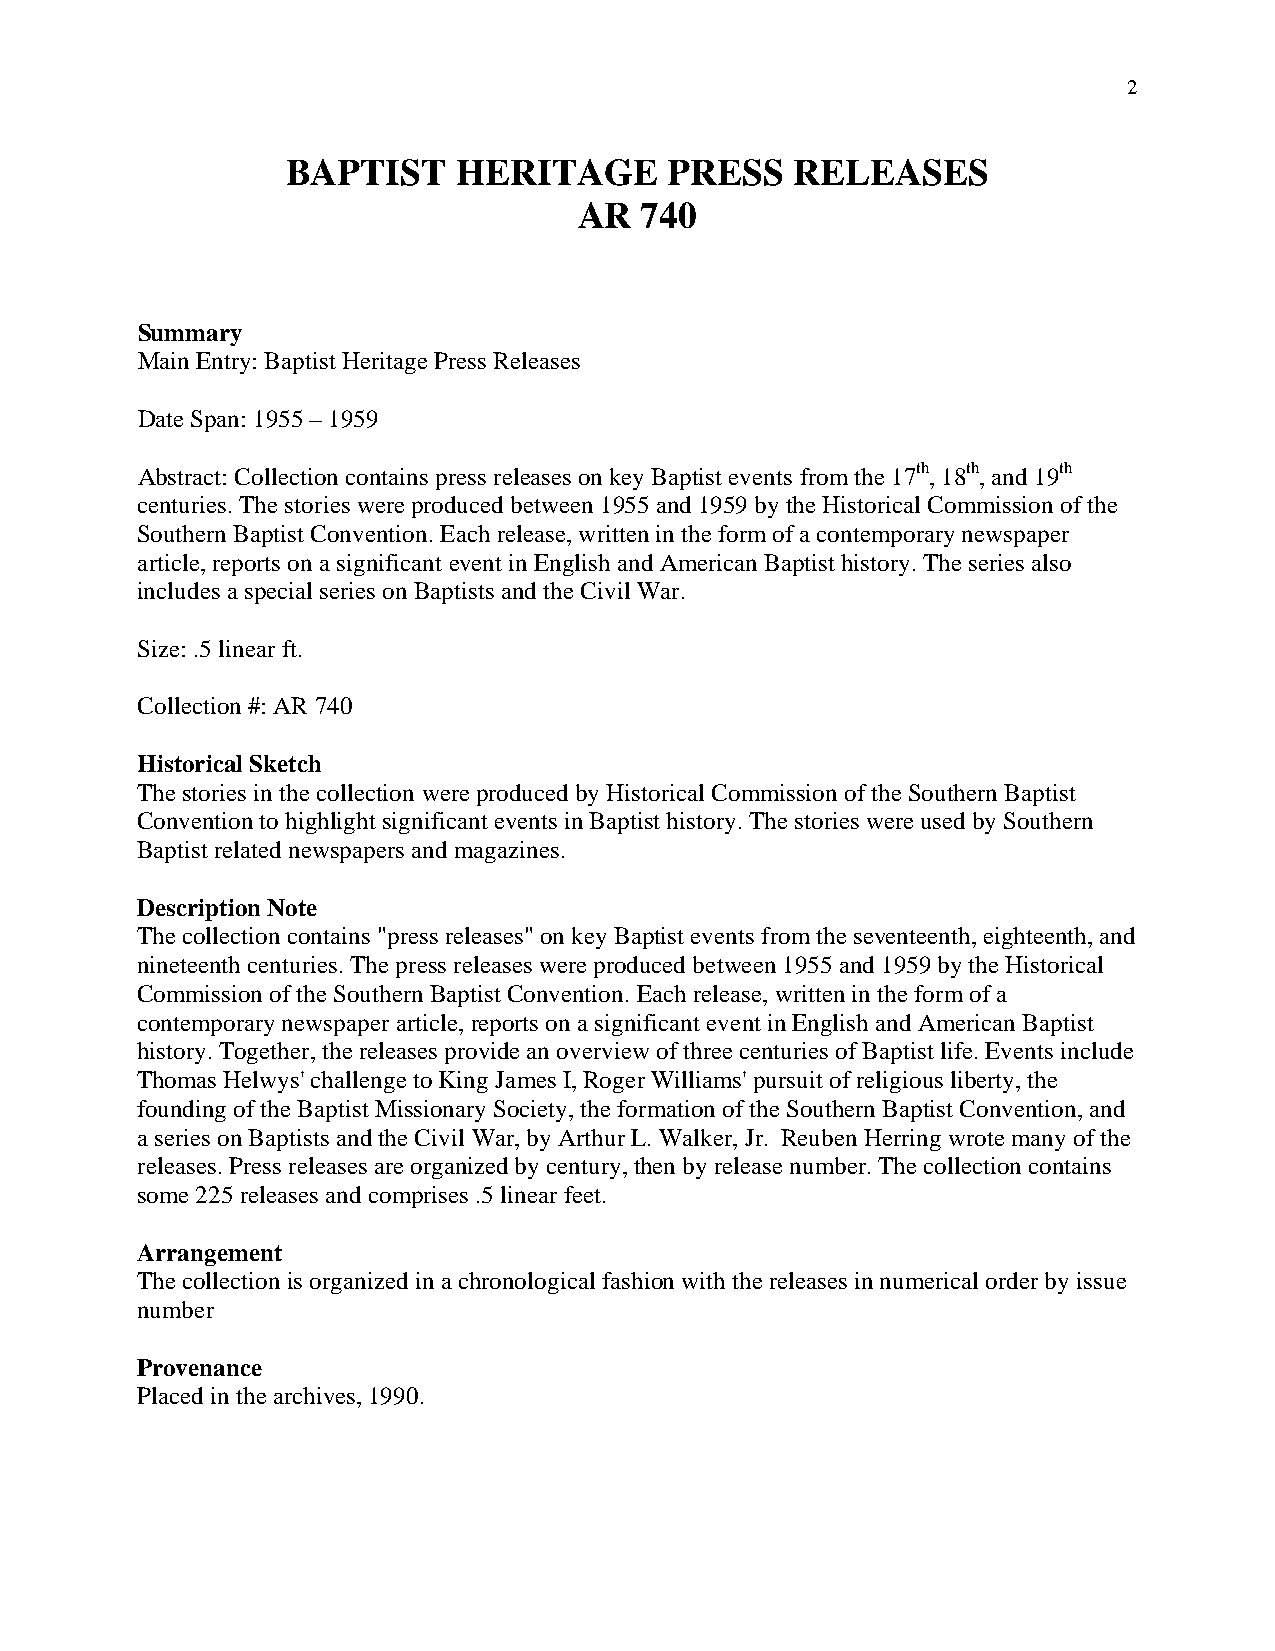
2
 BAPTIST    HERITAGE      PRESS    RELEASES
 AR  740
 Summary
 Main Entry: Baptist Heritage Press Releases
 Date Span: 1955 – 1959
 Abstract: Collection contains press releases on key Baptist events from the 17th, 18th, and 19th
 centuries. The stories were produced between 1955 and 1959 by the Historical Commission of the
 Southern Baptist Convention. Each release, written in the form of a contemporary newspaper
 article, reports on a significant event in English and American Baptist history. The series also
 includes a special series on Baptists and the Civil War.
 Size: .5 linear ft.
 Collection #: AR 740
 Historical Sketch
 The stories in the collection were produced by Historical Commission of the Southern Baptist
 Convention to highlight significant events in Baptist history. The stories were used by Southern
 Baptist related newspapers and magazines.
 Description Note
 The collection contains "press releases" on key Baptist events from the seventeenth, eighteenth, and
 nineteenth centuries. The press releases were produced between 1955 and 1959 by the Historical
 Commission of the Southern Baptist Convention. Each release, written in the form of a
 contemporary newspaper article, reports on a significant event in English and American Baptist
 history. Together, the releases provide an overview of three centuries of Baptist life. Events include
 Thomas Helwys' challenge to King James I, Roger Williams' pursuit of religious liberty, the
 founding of the Baptist Missionary Society, the formation of the Southern Baptist Convention, and
 a series on Baptists and the Civil War, by Arthur L. Walker, Jr. Reuben Herring wrote many of the
 releases. Press releases are organized by century, then by release number. The collection contains
 some 225 releases and comprises .5 linear feet.
 Arrangement
 The collection is organized in a chronological fashion with the releases in numerical order by issue
 number
 Provenance
 Placed in the archives, 1990.